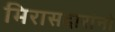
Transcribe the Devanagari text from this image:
मिरासदारांनो